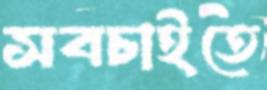
সবচাইতে